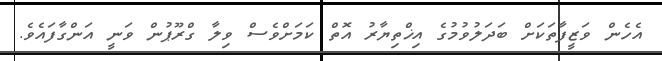
އެހެން ވަޒީފާތަކަށް ބަދަލުވުމުގެ އިޚްތިޔާރު އޮތް ކަމަށްވެސް ވިލާ ގްރޫޕުން ވަނީ އަންގާފައެވެ.